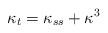
\begin{align*}\kappa_t=\kappa_{ss}+\kappa^3 \end{align*}